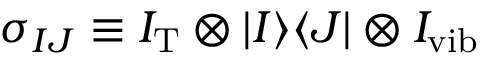
\sigma _ { I J } \equiv I _ { \mathrm { T } } \otimes | I \rangle \langle J | \otimes I _ { \mathrm { v i b } }